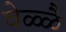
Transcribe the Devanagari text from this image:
वेळ्ळै